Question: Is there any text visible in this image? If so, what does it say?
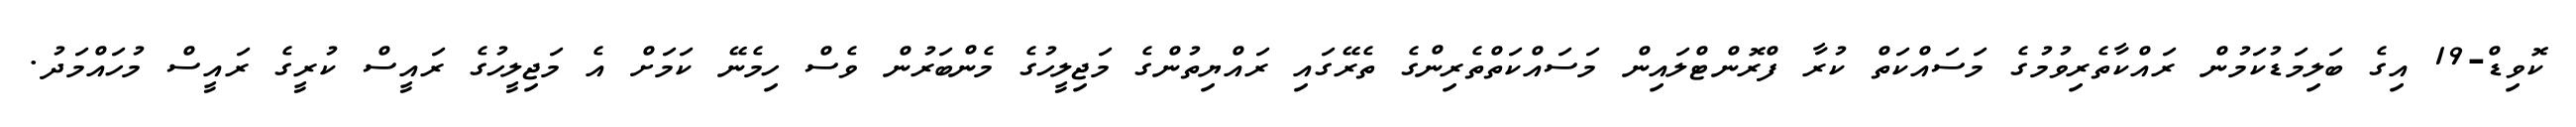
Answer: ކޮވިޑް-19 އިގެ ބަލިމަޑުކަމުން ރައްކާތެރިވުމުގެ މަސައްކަތް ކުރާ ފްރޮންޓްލައިން މަސައްކަތްތެރިންގެ ތެރޭގައި ރައްޔިތުންގެ މަޖިލީހުގެ މެންބަރުން ވެސް ހިމެނޭ ކަމަށް އެ މަޖިލީހުގެ ރައީސް ކުރީގެ ރައީސް މުހައްމަދު.